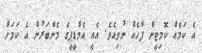
އެ ކަމެއް ކޮމިޓީން ފާހެއް ނުވިއެވެ. އެއީ އެމްޑީޕީގެ މެންބަރުން އެ ކަމަށް